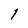
Character: 1